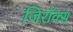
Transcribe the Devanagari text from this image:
जिरॉक्स